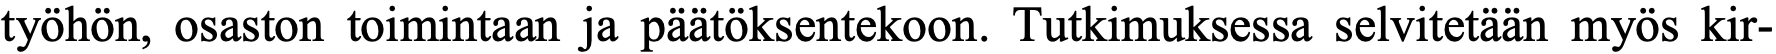
työhön, osaston toimintaan ja päätöksentekoon. Tutkimuksessa selvitetään myös kir-